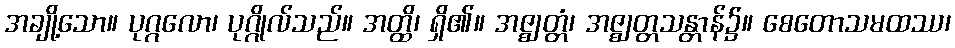
အချို့သော။ ပုဂ္ဂလော၊ ပုဂ္ဂိုလ်သည်။ အတ္ထိ၊ ရှိ၏။ အဇ္ဈတ္တံ၊ အဇ္ဈတ္တသန္တာန်၌။ စေတောသမထဿ၊